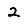
Digit: 2